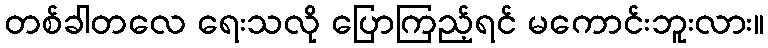
တစ်ခါတလေ ရေးသလို ပြောကြည့်ရင် မကောင်းဘူးလား။